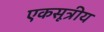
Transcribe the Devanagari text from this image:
एकसूत्रीय